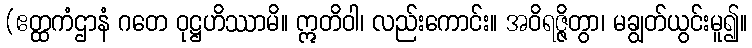
(ဧတ္ထကံဌာနံ ဂတေ ဝုဋ္ဌဟိဿာမိ။ ဣတိဝါ၊ လည်းကောင်း။ အဝိရဇ္ဇိတွာ၊ မချွတ်ယွင်းမူ၍။